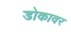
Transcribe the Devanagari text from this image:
डोकावर